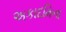
અકાદમિના